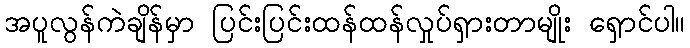
အပူလွန်ကဲချိန်မှာ ပြင်းပြင်းထန်ထန်လှုပ်ရှားတာမျိုး ရှောင်ပါ။